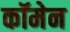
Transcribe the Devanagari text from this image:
कॉमेन